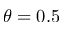
\theta = 0 . 5